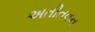
અતીતવન